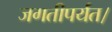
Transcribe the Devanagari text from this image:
जगतीपर्यंत।